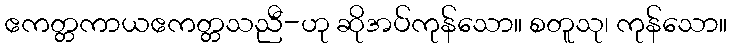
ဧကတ္တကာယဧကတ္တသညီ-ဟု ဆိုအပ်ကုန်သော။ စတူသု၊ ကုန်သော။